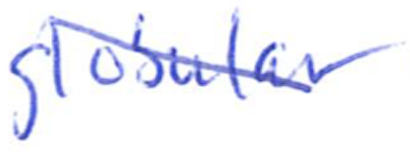
Text: globular
Cross-out: diagonal
Writing tool: ballpoint